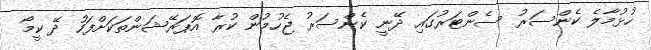
ހުޅުމާލެ ކެންސަރު ސެންޓަރުގައި ދޭނީ ކެންސަރު ޖެހުމުން ކުރާ އޮޕަރޭޝަންތަކަށްފަހު ދޭ ކީމޯ